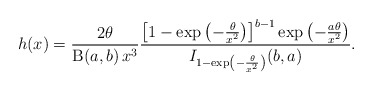
\begin{align*}h(x)= \frac{2\theta}{\operatorname{B}(a,b)\,x^3} \frac{\left[1-\exp\left(-\frac{\theta}{x^2}\right)\right]^{b-1}\exp\left(-\frac{a\theta}{x^2}\right)}{I_{1-\exp\left(-\frac{\theta}{x^2}\right)}(b,a)}.\end{align*}